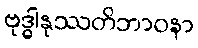
ဗုဒ္ဓါနုဿတိဘာဝနာ